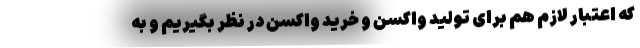
که اعتبار لازم هم برای تولید واکسن و خرید واکسن در نظر بگیریم و به